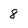
Character: 8